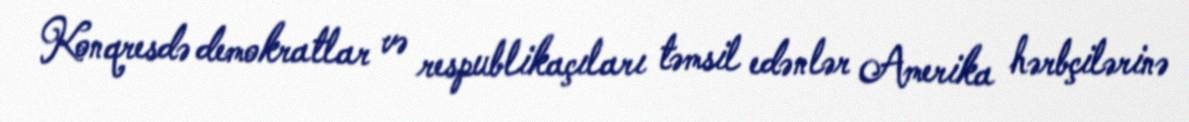
Konqresdə demokratlar və respublikaçıları təmsil edənlər Amerika hərbçilərinə